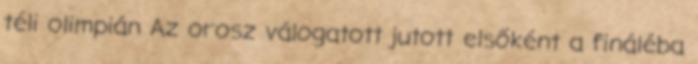
téli olimpián Az orosz válogatott jutott elsőként a fináléba